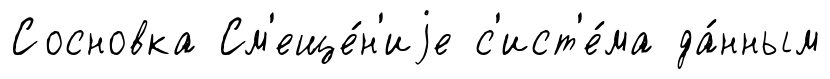
Сосновка См'еще́н'иjе с'ист'е́ма да́нным